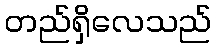
တည်ရှိလေသည်